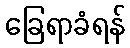
ခြေရာခံရန်